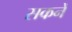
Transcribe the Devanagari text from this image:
सकनें